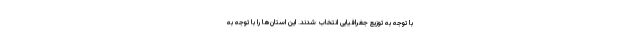
با توجه به توزیع جغرافیایی انتخاب شدند. این استان‌ها را با توجه به